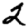
Digit: 2